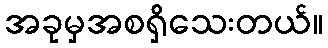
အခုမှအစရှိသေးတယ်။